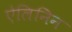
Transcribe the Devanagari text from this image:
ऐलिनिन